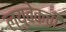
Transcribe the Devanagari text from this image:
ल्युबेकची